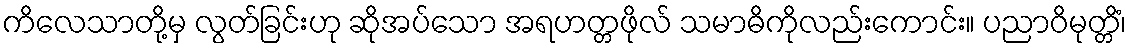
ကိလေသာတို့မှ လွတ်ခြင်းဟု ဆိုအပ်သော အရဟတ္တဖိုလ် သမာဓိကိုလည်းကောင်း။ ပညာဝိမုတ္တိံ၊